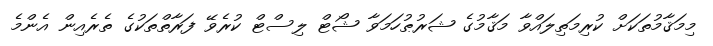
މިމަޤާމުތަކަށް ކުރިމަތިލައްވާ މަޤާމުގެ ޝަރުޠުހަމަވާ ޝޯޓް ލިސްޓް ކުރެވޭ ފަރާތްތަކުގެ ތެރެއިން އެންމެ